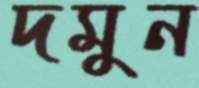
দমুন